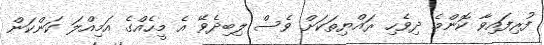
ފުރިފައިވާ ކޮންމެ ދިވެހި ރައްޔިތަކަށް ވެސް ލިބިދެވޭ އެ މީހެއްގެ އަމިއްލަ ކަންކަން